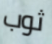
ثوب